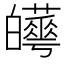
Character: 𤾼